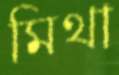
মিথা